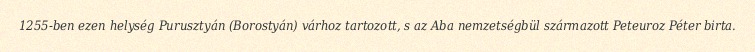
1255-ben ezen helység Purusztyán (Borostyán) várhoz tartozott, s az Aba nemzetségbül származott Peteuroz Péter birta.